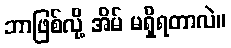
ဘာဖြစ်လို့ အိမ် မရှိရတာလဲ။